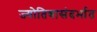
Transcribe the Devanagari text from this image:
ज्योतिबासंदर्भात